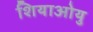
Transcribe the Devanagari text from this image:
शियाओयु